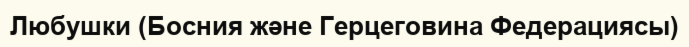
Любушки (Босния және Герцеговина Федерациясы)